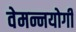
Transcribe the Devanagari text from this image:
वेमन्नयोगी